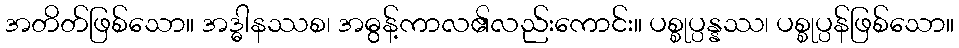
အတိတ်ဖြစ်သော။ အဒ္ဓါနဿစ၊ အဓွန့်ကာလ၏လည်းကောင်း။ ပစ္စုပ္ပန္နဿ၊ ပစ္စုပ္ပန်ဖြစ်သော။